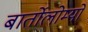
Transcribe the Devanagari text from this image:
बार्तोलोम्यो